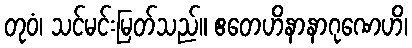
တုဝံ၊ သင်မင်းမြတ်သည်။ ဧတေဟိနာနာဂုဏေဟိ၊